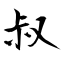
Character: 叔